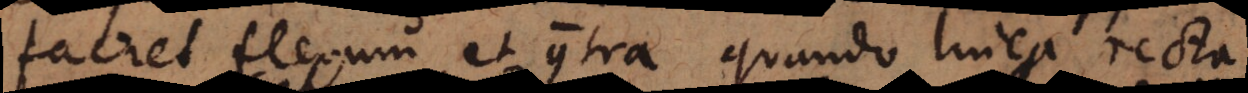
faciet flexum et contra quando linea recta